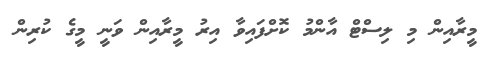
މީރާއިން މި ލިސްޓް އާންމު ކޮށްފައިވާ އިރު މީރާއިން ވަނީ މީގެ ކުރިން